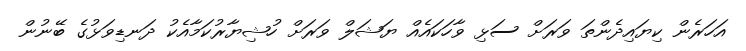
އަހަރެން ކިޔައިދެންތަ ވަރަށް ސަޅި ވާހަކައެއް ޔަޝަލް ވަރަށް ހުޝިޔާރުކަމާއެކު ދަނޑިވަޅުގެ ބޭނުން